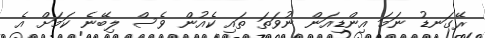
ރޭގަނޑު ނަމަ އިންޑިއަން ނުވަތަ ތައި ކެއުން ވެސް ލިބޭނެ ކަމަށް އެ